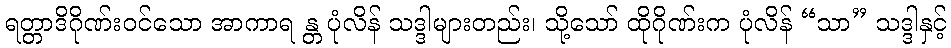
ရတ္တာဒိဂိုဏ်းဝင်သော အာကာရ န္တ ပုံလိန် သဒ္ဒါများတည်း၊ သို့သော် ထိုဂိုဏ်းက ပုံလိန် “သာ” သဒ္ဒါနှင့်